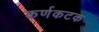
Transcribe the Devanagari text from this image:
कर्णकटक